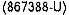
(867388-U)